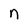
Character: n